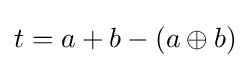
t=a+b-(a\oplus b)